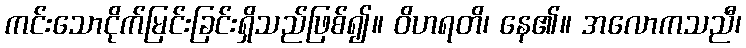
ကင်းသောငိုက်မြင်းခြင်းရှိသည်ဖြစ်၍။ ဝိဟရတိ၊ နေ၏။ အလောကသညီ၊